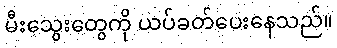
မီးသွေးတွေကို ယပ်ခတ်ပေးနေသည်။